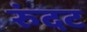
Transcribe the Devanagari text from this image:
रुंदट